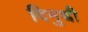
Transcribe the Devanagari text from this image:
दिनुच्ची